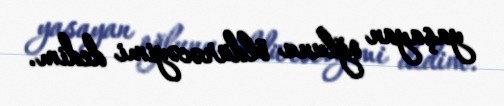
yaşayan oğlunu öldürəcəyimi dedim.